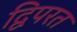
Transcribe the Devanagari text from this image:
द्विपरत